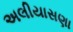
અલીયાસણા